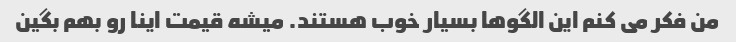
من فکر می کنم این الگوها بسیار خوب هستند. میشه قیمت اینا رو بهم بگین